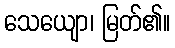
သေယျော၊ မြတ်၏။